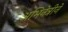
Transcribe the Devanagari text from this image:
अभिनेत्रीने